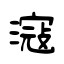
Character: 滱